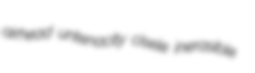
airhead untenacity cisele inerasible